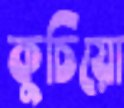
কুচিয়ো